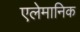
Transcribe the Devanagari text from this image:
एलेमानिक